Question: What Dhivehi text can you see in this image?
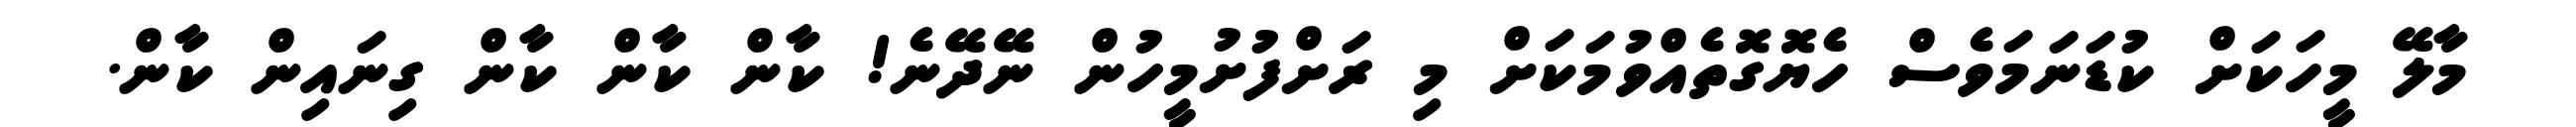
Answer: މާލޭ މީހަކަށް ކުޑަނަމަވެސް ހެޔޮގޮތެއްވުމަކަށް މި ރަށްފުށުމީހުން ނޭދޭނެ! ކާން ކާން ކާން ގިނައިން ކާން.